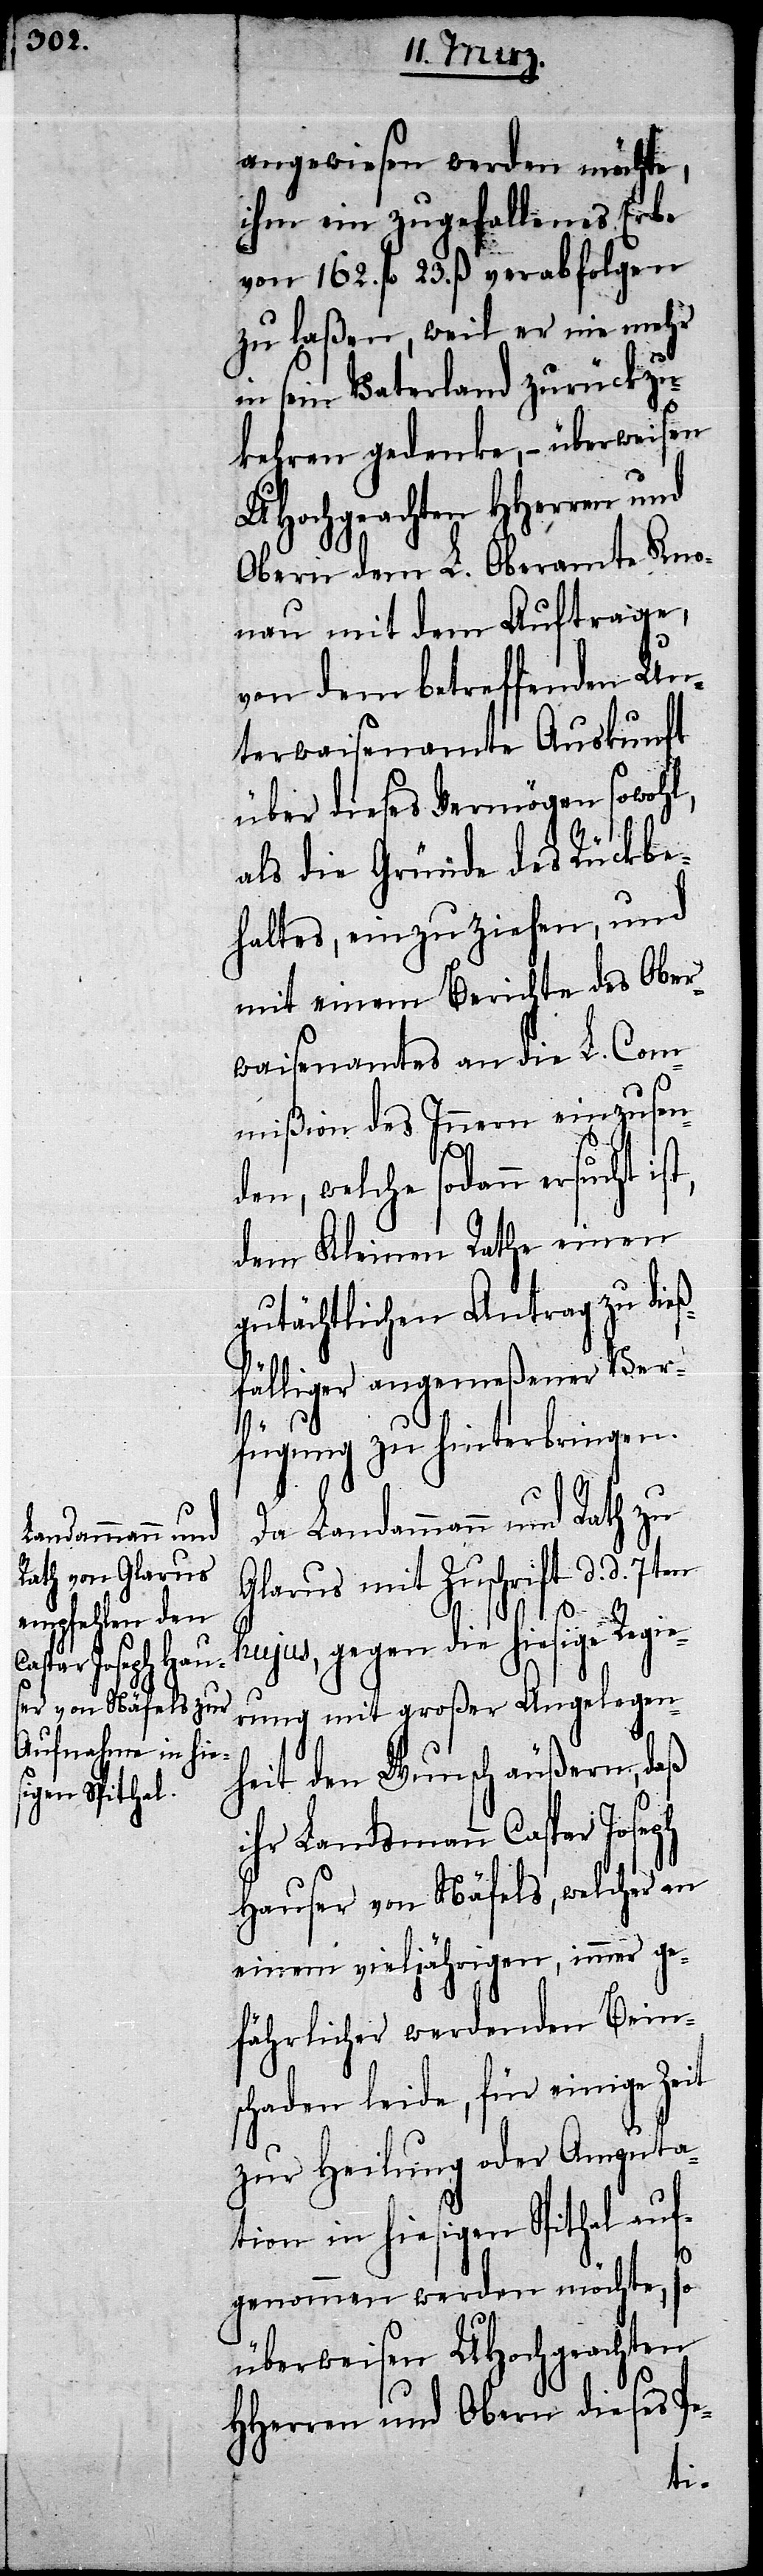
angewiesen werden möchte,
ihm ein zugefallenes Erbe
von 162. fl. 23. ß. verabfolgen
zu laßen, weil er nie mehr
in sein Vaterland zurückzu¬
kehren gedenke, – überweisen
UHochgeachten HHerren und
Obern dem L. Oberamte Kno¬
nau mit dem Auftrage,
von dem betreffenden Un¬
terwaisenamte Auskunft
über dieses Vermögen sowohl,
als die Gründe des Rückbe¬
haltes, einzuziehen, und
mit einem Berichte des Ober¬
waisenamtes an die L. Com¬
mißion des Innern einzusend¬
en, welche sodann ersucht
dem Kleinen Rathe einen
gutächtlichen Antrag zu die¬
ßfälliger angemeßener Ver¬
fügung zu hinterbringen.
Da Landammann und Rath zu
Glarus mit Zuschrift d. d.
hujus, gegen die hiesige Regie¬
rung mit großer Angelegen¬
heit den Wunsch äußern, daß
ihr Landsmann Caspar Joseph
Hauser von Näfels, welcher an
einem vieljährigen, immer ge¬
fährlicher werdenden Bein¬
schaden leide, für einige Zeit
zur Heilung oder Amputa¬
tion in hiesigen Spithal auf¬
genommen werden möchte, so
überweisen UHochgeachten
HHerren und Obern dieses Pe-